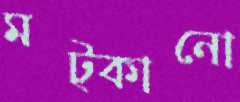
মট্‌কানো